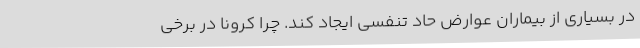
در بسیاری از بیماران عوارض حاد تنفسی ایجاد کند. چرا کرونا در برخی